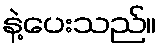
နဲ့ပေးသည်။